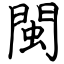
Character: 閩